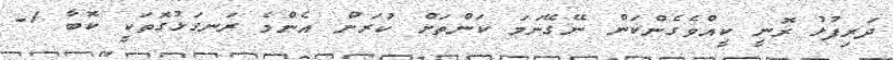
ދަރިފުޅު ރޮނީ ކީއްވެގެންކަން ނޭގޭނަމަ ކަންތަށް ކުރަން އެންމެ ރަނގަޅުގޮތަކީ ކޮބާ 1-